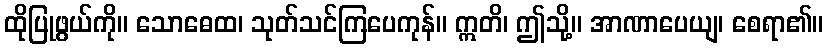
ထိုပြုဖွယ်ကို။ သောဓေထ၊ သုတ်သင်ကြပေကုန်။ ဣတိ၊ ဤသို့။ အာဏာပေယျ၊ စေရာ၏။